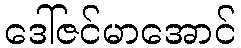
ဒေါ်ဇင်မာအောင်